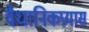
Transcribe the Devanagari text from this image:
वैधानिकप्रयास